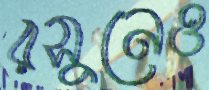
রসুনেও